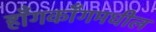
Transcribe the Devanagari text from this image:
हाँगकाँगमधील